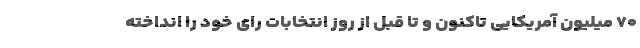
۷۰ میلیون آمریکایی تاکنون و تا قبل از روز انتخابات رای خود را انداخته